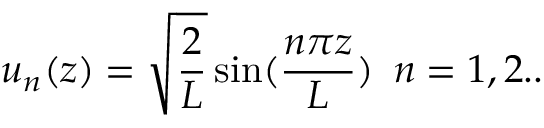
u _ { n } ( z ) = \sqrt { \frac { 2 } { L } } \sin ( \frac { n \pi z } { L } ) \, \, \, n = 1 , 2 . .